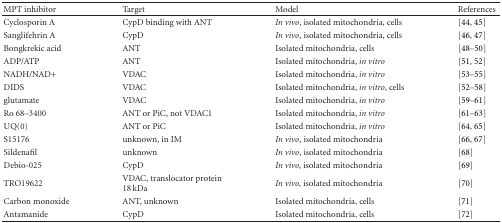
| MPT inhibitor | Target | Model | References |
 | --- | --- | --- | --- |
 | Cyclosporin A | CypD binding with ANT | In vivo, isolated mitochondria, cells | [44, 45] |
 | Sanglifehrin A | CypD | In vivo, isolated mitochondria, cells | [46, 47] |
 | Bongkrekic acid | ANT | Isolated mitochondria, cells | [48–50] |
 | ADP/ATP | ANT | Isolated mitochondria, in vitro | [51, 52] |
 | NADH/NAD+ | VDAC | Isolated mitochondria, in vitro | [53–55] |
 | DIDS | VDAC | Isolated mitochondria, in vitro, cells | [52–58] |
 | glutamate | VDAC | Isolated mitochondria, in vitro | [59–61] |
 | Ro 68–3400 | ANT or PiC, not VDAC1 | Isolated mitochondria, in vitro | [61–63] |
 | UQ(0) | ANT or PiC | Isolated mitochondria, in vitro | [64, 65] |
 | S15176 | unknown, in IM | In vivo, isolated mitochondria | [66, 67] |
 | Sildenafil | unknown | In vivo, isolated mitochondria | [68] |
 | Debio-025 | CypD | In vivo, isolated mitochondria | [69] |
 | TRO19622 | VDAC, translocator protein 18 kDa | In vivo, isolated mitochondria | [70] |
 | Carbon monoxide | ANT, unknown | Isolated mitochondria, cells | [71] |
 | Antamanide | CypD | Isolated mitochondria, cells | [72] |